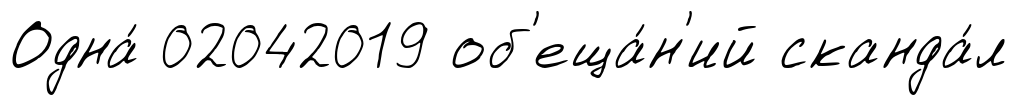
Одна́ 02042019 об'еща́н'ий сканда́л